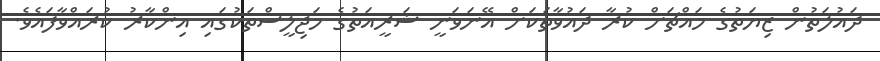
ދައުލަތުން ޒިޔަތުގެ މައްޗަށް ކުރާ ދައުވާތަކަށް އޭނަވަނީ ޝަރީއަތުގެ މަޖިލީސްތަކުގައި އިންކާރު ކުރައްވާފައެވެ.